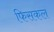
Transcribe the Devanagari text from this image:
फिसकल